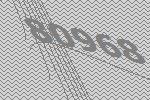
80968